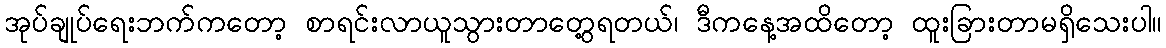
အုပ်ချုပ်ရေးဘက်ကတော့ စာရင်းလာယူသွားတာတွေ့ရတယ်၊ ဒီကနေ့အထိတော့ ထူးခြားတာမရှိသေးပါ။